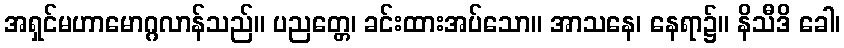
အရှင်မဟာမောဂ္ဂလာန်သည်။ ပညတ္တေ၊ ခင်းထားအပ်သော။ အာသနေ၊ နေရာ၌။ နိသီဒိ ခေါ၊